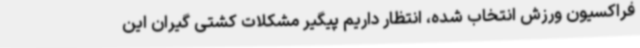
فراکسیون ورزش انتخاب شده، انتظار داریم پیگیر مشکلات کشتی گیران این